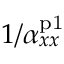
1 / \alpha _ { x x } ^ { \mathrm { p 1 } }